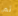
ثم